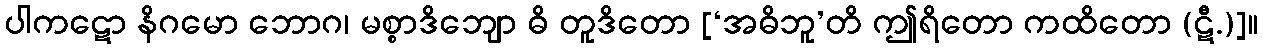
ပါကဋော နိဂမော ဘောဂ၊ မစ္စာဒိဘျော ဓိ တူဒိတော [‘အဓိဘူ’တိ ဤရိတော ကထိတော (ဋီ.)]။